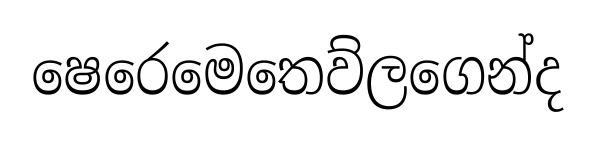
ෂෙරෙමෙතෙව්ලගෙන්ද